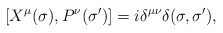
\begin{align*}[X^{\mu}(\sigma),P^{\nu}(\sigma')]=i\delta^{\mu\nu}\delta(\sigma,\sigma'),\end{align*}